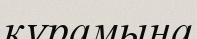
кұрамына